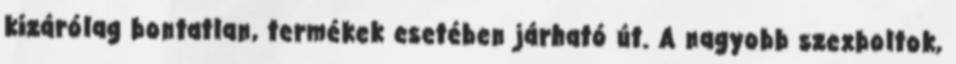
kizárólag bontatlan, termékek esetében járható út. A nagyobb szexboltok,